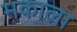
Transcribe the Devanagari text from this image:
मकाला